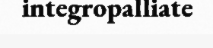
integropalliate